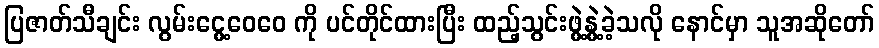
ပြဇာတ်သီချင်း လွမ်းငွေ့ဝေဝေ ကို ပင်တိုင်ထားပြီး ထည့်သွင်းဖွဲ့နွဲ့ခဲ့သလို နောင်မှာ သူအဆိုတော်